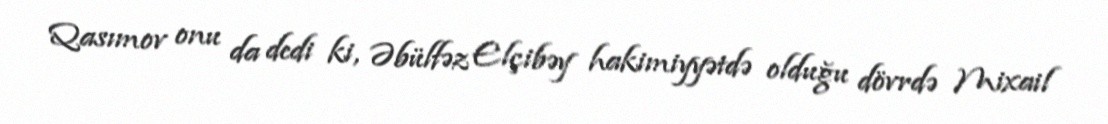
Qasımov onu da dedi ki, Əbülfəz Elçibəy hakimiyyətdə olduğu dövrdə Mixail